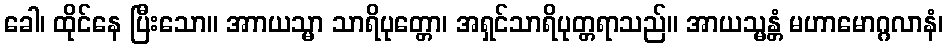
ခေါ၊ ထိုင်နေ ပြီးသော။ အာာယသ္မာ သာရိပုတ္တော၊ အရှင်သာရိပုတ္တရာသည်။ အာယသ္မန္တံ မဟာမောဂ္ဂလာနံ၊